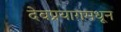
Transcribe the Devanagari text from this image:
देवप्रयागमधून